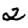
Digit: 2